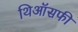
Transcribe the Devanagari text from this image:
थिऑसफी